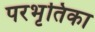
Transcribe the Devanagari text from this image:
परभृतिका